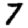
Digit: 7